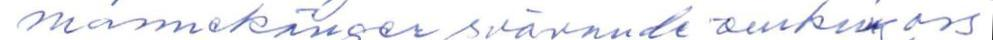
mannekänger svävande omkring oss